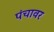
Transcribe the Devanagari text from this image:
पंचावर